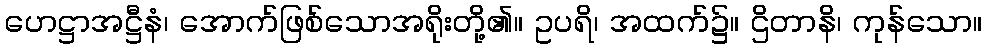
ဟေဋ္ဌာအဋ္ဌီနံ၊ အောက်ဖြစ်သောအရိုးတို့၏။ ဥပရိ၊ အထက်၌။ ဌိတာနိ၊ ကုန်သော။